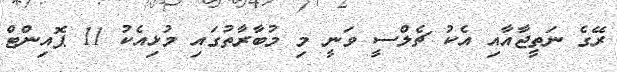
ރޭގެ ނަތީޖާއާއި އެކު ޗެލްސީ ވަނީ މި މުބާރާތުގައި މުޅިއެކު 11 ޕޮއިންޓް